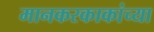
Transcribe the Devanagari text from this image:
मानकरकाकांच्या